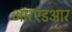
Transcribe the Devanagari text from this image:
आरएंडआर